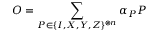
O = \sum _ { P \in \{ I , X , Y , Z \} ^ { \otimes n } } \alpha _ { P } P